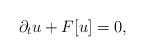
LaTeX: \begin{align*} \partial_{t}u+F[u]=0,\end{align*}